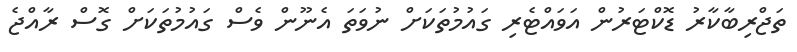
ތަޖްރިބާކާރު ޑޮކްޓަރުން އަވައްޓެރި ގައުމުތަކަށް ނުވަތަ އެނޫން ވެސް ގައުމުތަކަށް ގޮސް ރާއްޖެ